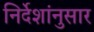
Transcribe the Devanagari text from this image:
निर्देशांनुसार